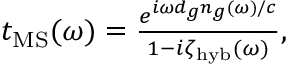
\begin{array} { r } { t _ { \mathrm { M S } } ( \omega ) = \frac { e ^ { i \omega d _ { g } n _ { g } ( \omega ) / c } } { 1 - i \zeta _ { \mathrm { h y b } } ( \omega ) } , } \end{array}